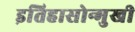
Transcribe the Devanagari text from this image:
इतिहासोन्मुखी